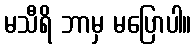
မသီရိ ဘာမှ မပြောပါ။